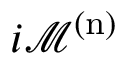
i \mathcal { M } ^ { \mathrm { ( n ) } }